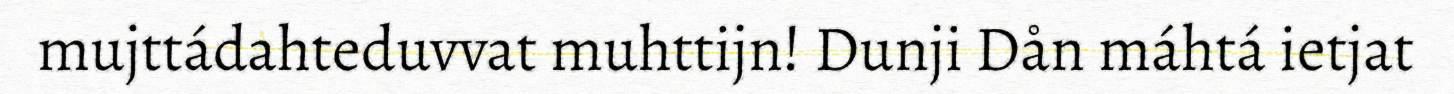
mujttádahteduvvat muhttijn! Dunji Dån máhtá ietjat